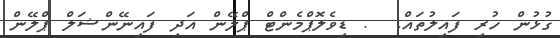
ގުޅުން ހުރި ފައިލުތައް.  . ޑިވެލޮޕްމެންޓް ޕްލޭން އަދި ފައިނޭންޝަލް ޕްލޭން